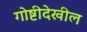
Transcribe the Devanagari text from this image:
गोष्टीदेखील